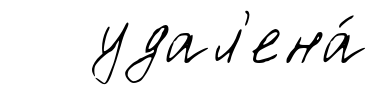
удал'ена́